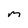
Character: m